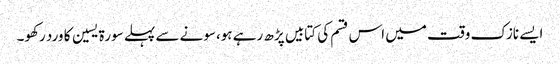
ایسے نازک وقت میں اس قسم کی کتابیں پڑھ رہے ہو،سونے سے پہلے سورة یسین کا ورد رکھو۔